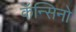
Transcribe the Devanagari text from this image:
कॅन्सिनो